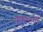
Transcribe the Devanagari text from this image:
कुणाच्याशा